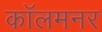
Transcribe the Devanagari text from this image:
कॉलमनर